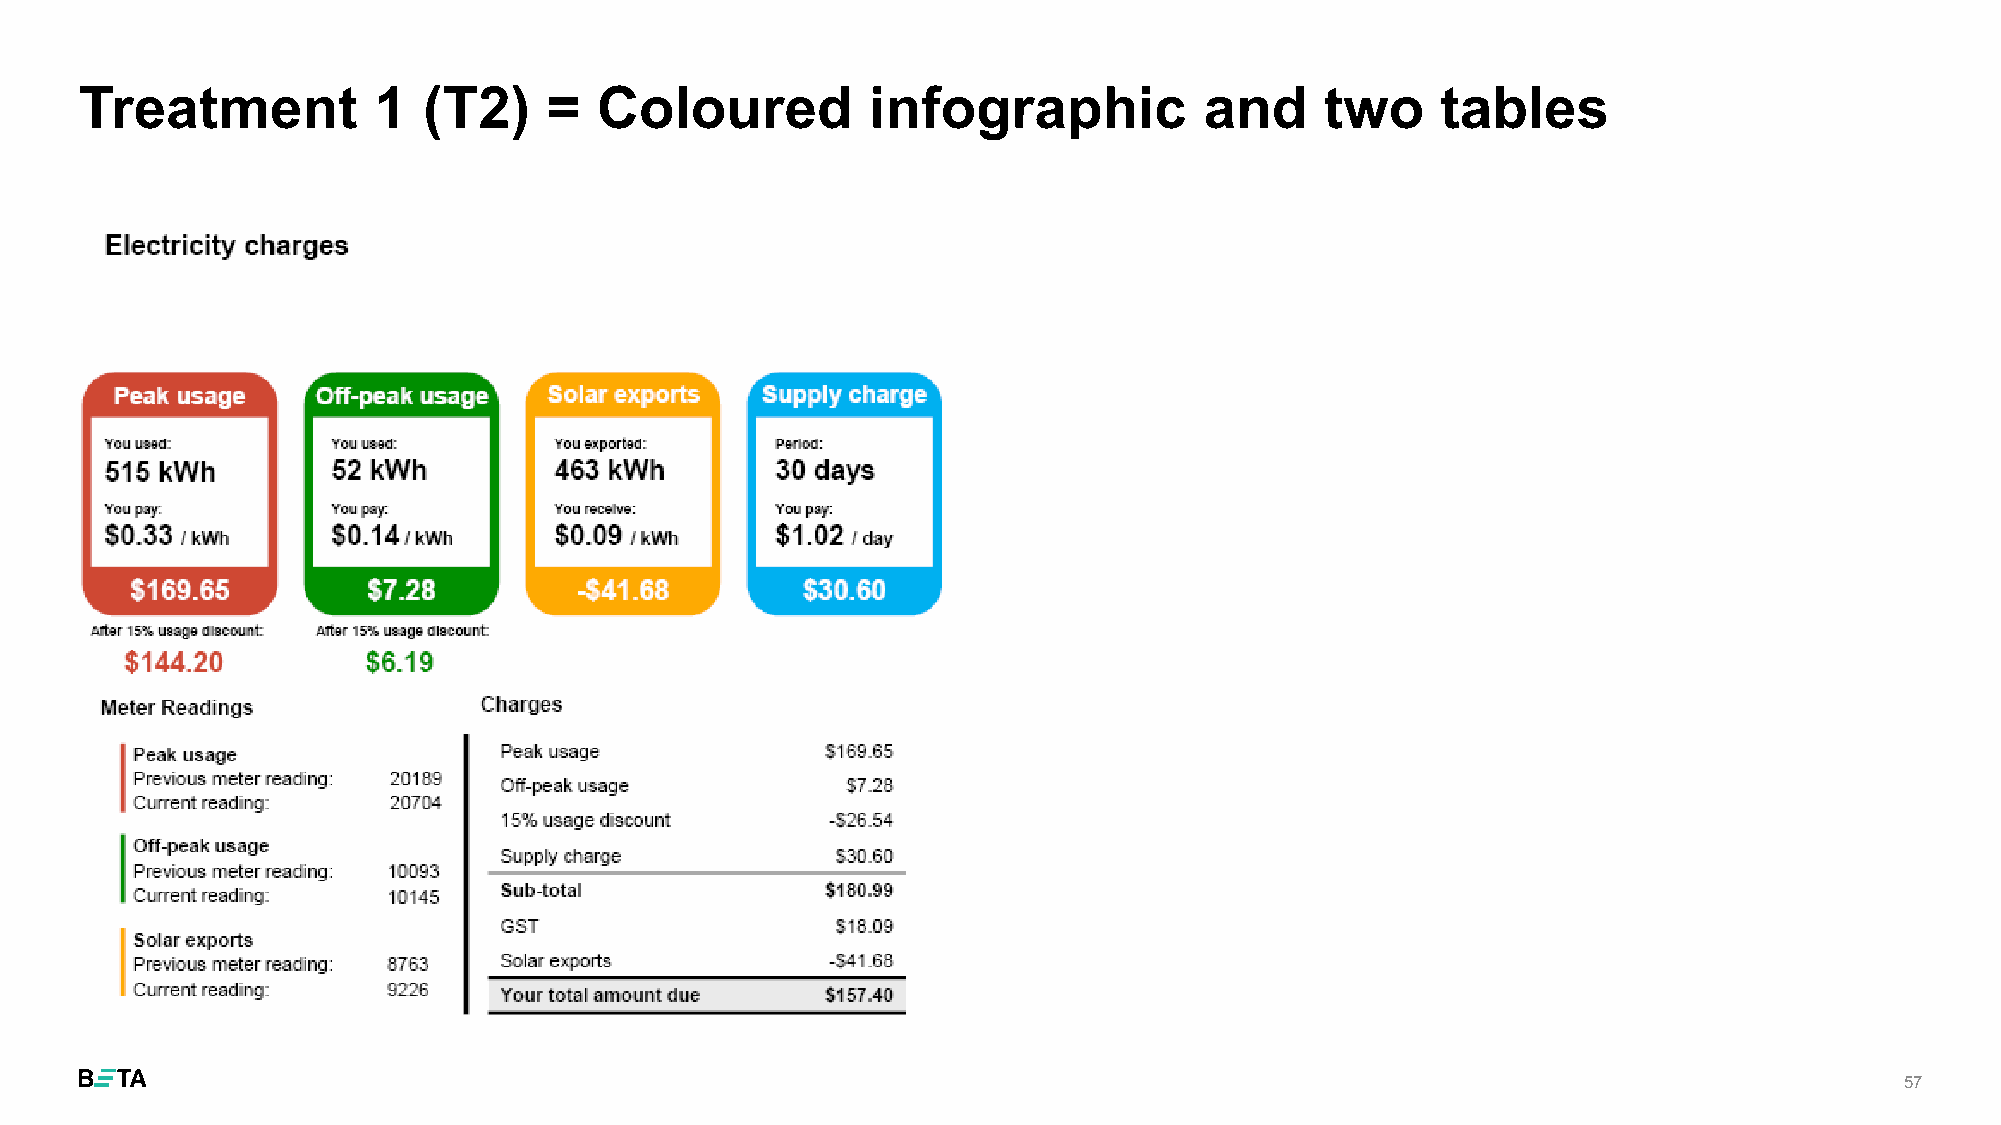
Treatment           1  (T2)    =   Coloured          infographic           and     two    tables
 57